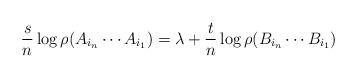
LaTeX: \begin{align*}\frac{s}{n}\log \rho(A_{i_n}\cdots A_{i_1}) = \lambda + \frac{t}{n}\log \rho(B_{i_n}\cdots B_{i_1}) \end{align*}